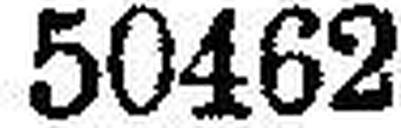
50462